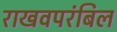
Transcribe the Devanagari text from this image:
राखवपरंबिल